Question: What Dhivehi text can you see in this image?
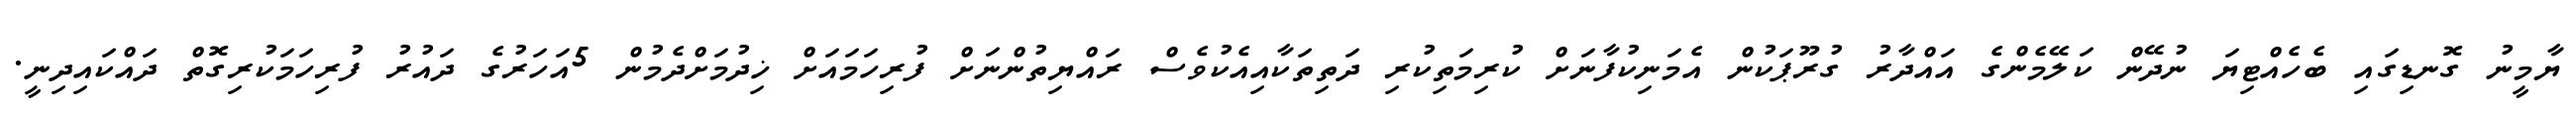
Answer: ޔާމީނު ގޮނޑިގައި ބެހެއްޓިޔަ ނުދޭން ކަލޭމެންގެ އައްދާރު ގުރޫޕަކުން އެމަނިކުފާނަށް ކުރިމަތިކުރި ދަތިތަކާއިއެކުވެސް ރައްޔިތުންނަށް ފުރިހަމައަށް ޚިދުމަށްދެމުން 5އަހަރުގެ ދައުރު ފުރިހަމަކުރިގޮތް ދައްކައިދިނީ.